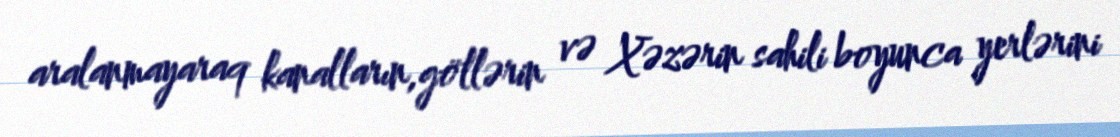
aralanmayaraq kanalların,göllərin və Xəzərin sahili boyunca yerlərini